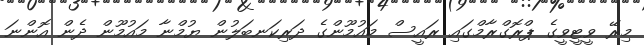
މިރޭ ވީޓީވީގެ ޕްރޮގްރާމްގައި ރައީސް މައުމޫންގެ ދަރިކަނބަލުން ޔުމްނާ މައުމޫން ދެން އޮންނަ